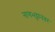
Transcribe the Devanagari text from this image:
नागभट्टानंतर